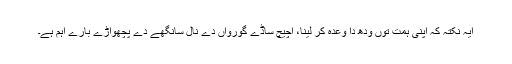
ایہ نکتہ کہ اپنی ہمت توں ودھ دا وعدہ کر لینا، اچیچ ساڈے گورواں دے نال سانگھے دے پچھواڑے بارے اہم ہے۔